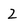
Character: 2